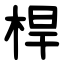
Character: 桿